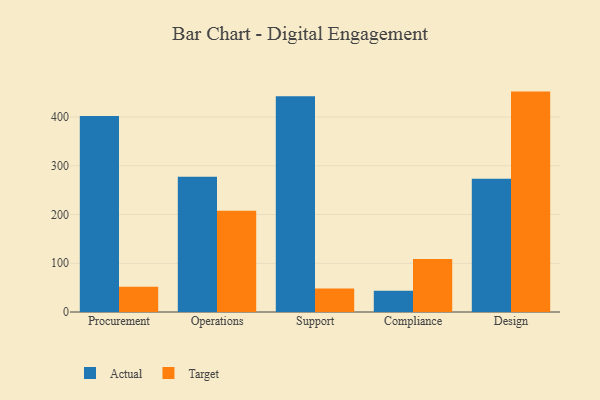
{"axis": {"x": "Department", "y": "Active Users"}, "legend": ["Actual", "Target"], "data": [{"x": "Procurement", "y": 402.2, "type": "Actual"}, {"x": "Procurement", "y": 51.6, "type": "Target"}, {"x": "Operations", "y": 277.4, "type": "Actual"}, {"x": "Operations", "y": 207.9, "type": "Target"}, {"x": "Support", "y": 442.8, "type": "Actual"}, {"x": "Support", "y": 48.4, "type": "Target"}, {"x": "Compliance", "y": 43.5, "type": "Actual"}, {"x": "Compliance", "y": 108.6, "type": "Target"}, {"x": "Design", "y": 273.5, "type": "Actual"}, {"x": "Design", "y": 452.2, "type": "Target"}]}